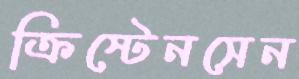
ক্রিস্টেনসেন